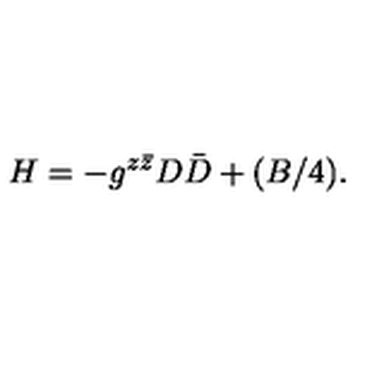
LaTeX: H = - g ^ { z \bar { z } } D \bar { D } + ( B / 4 ) .